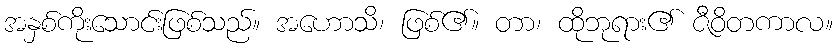
အနှစ်ကိုးသောင်းဖြစ်သည်။ အဟောသိ၊ ဖြစ်၏။ တာ၊ ထိုဘုရား၏ ဇီဝိတကာလ။